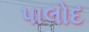
પાલોદ